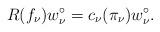
LaTeX: \begin{align*}R(f_{\nu}) w_{\nu}^{\circ} = c_{\nu}(\pi_{\nu}) w_{\nu}^{\circ}. \end{align*}